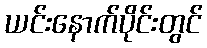
ယင်းနောက်ပိုင်းတွင်